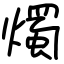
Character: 燭